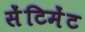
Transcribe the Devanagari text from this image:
सेंटिमेंट